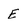
Character: E